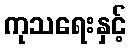
ကုသရေးနှင့်